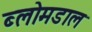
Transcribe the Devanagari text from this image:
ब्लोमडाल